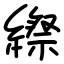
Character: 縩